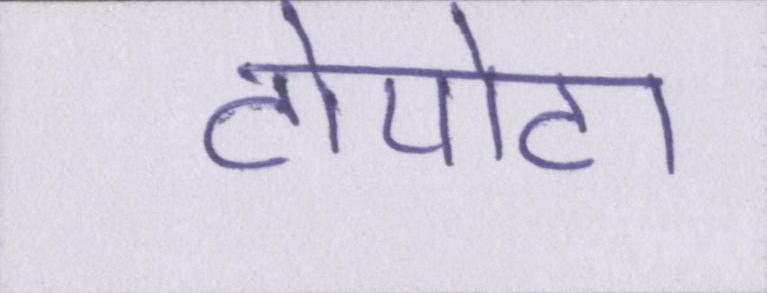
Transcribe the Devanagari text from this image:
टोयोटा